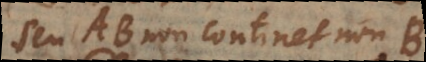
seu AB non continet non-B.